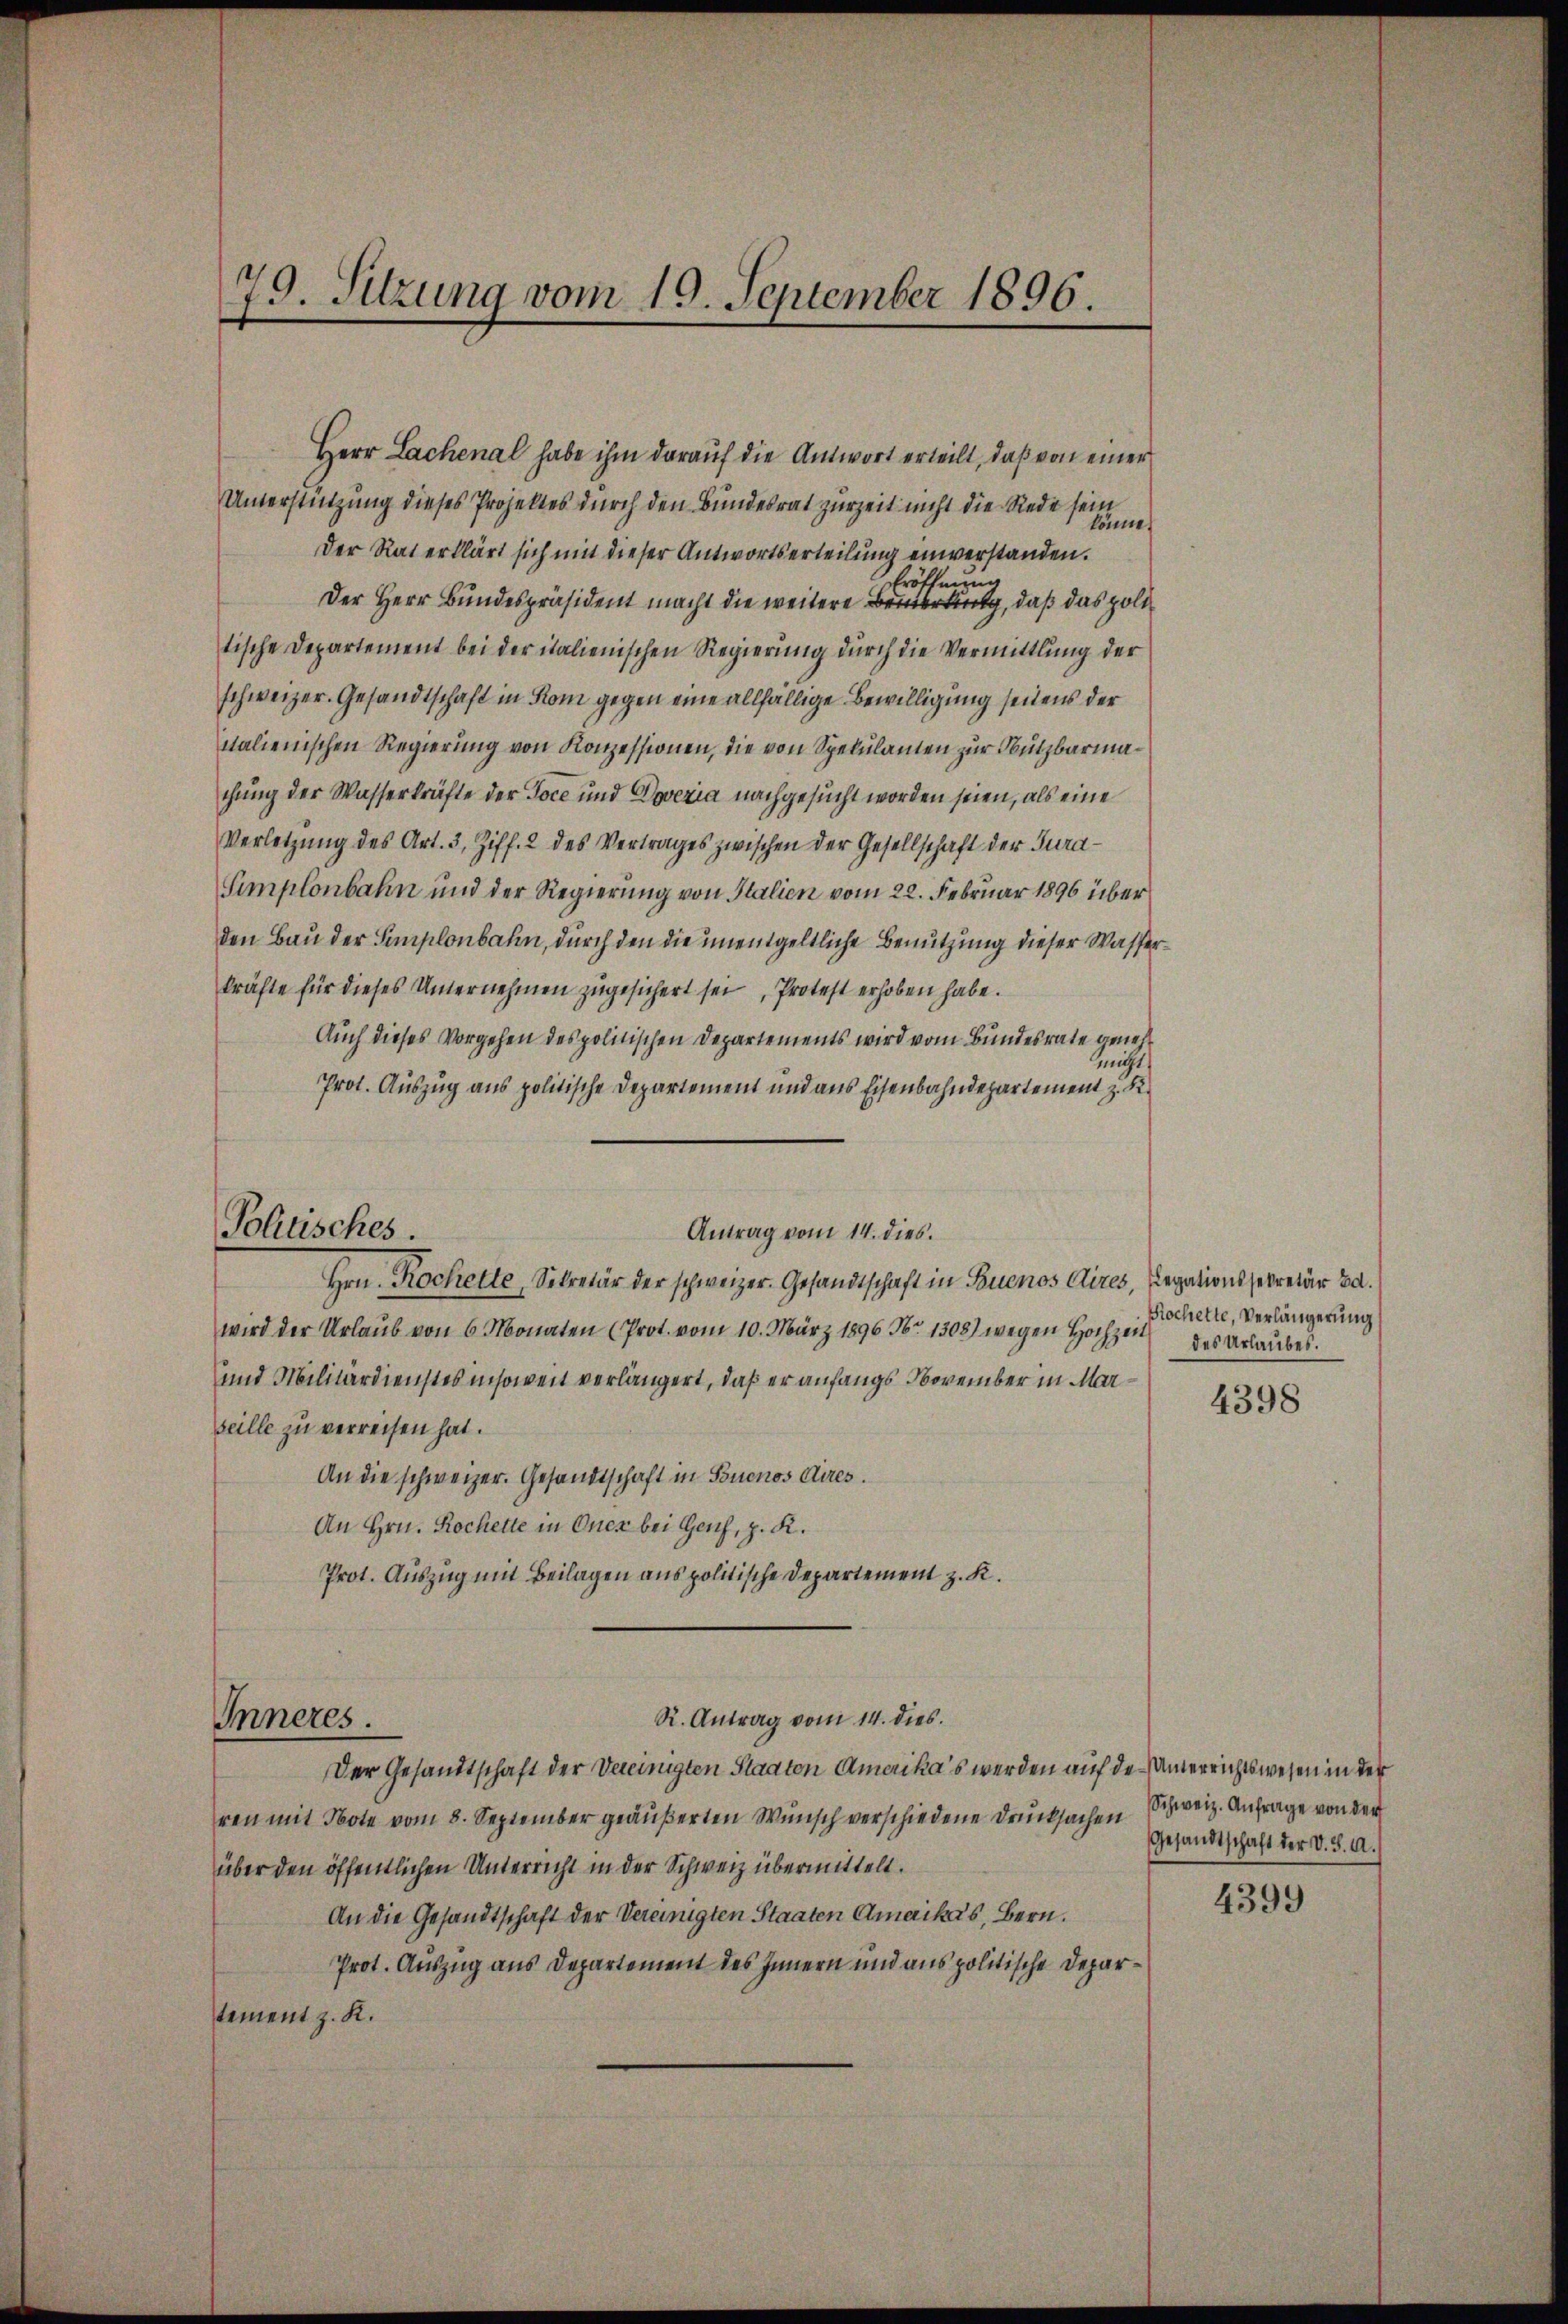
79. Sitzung vom 10. September 1896.

Politisches.

Unterstützung dieses Projektes durch den Bundesrat zurZeit nicht die Rede sein
könne.
Der Rat erklärt sich mit dieser Antwortserteilung einverstanden.
Eröffnung
Der Herr Bundespräsident macht die weitere Bemerkung, daß das politische Departement bei der italienischen Regierung durch die Vermittlung der
schweizer. Gesandtschaft in Rom gegen eine allfällige Bewilligung seitens der
nalienischen Regierung von Konzessionen, die von Spekulamen zur Nutzbarmachung der Wasserkräfte der Toce und Doveria nachgesucht worden seien, als eine
Verletzŭng des Art. 3, Ziff. 2 des Vertrages zwischen der Gesellschaft der Jura¬
Simplonbahn und der Regierung von Italien vom 22. Februar 1896 über
den Bau der Semplonbahn, durch den die unentgeltliche Benutzung dieser Wasserkräfte für dieses Unternehmen zugesichert sei, Protest erhoben habe.
Auch dieses Vorgehen des politischen Departements wird vom Bundesrate genehnicht
Prot. Auszug aus politische Departement und aus Eisenbahndepartement z. K.
wird der Urlaŭb von 6 Monaten (Prot. vom 10. März 1896 Nr. 1308) wegen Hochzeit
und Militärdienstes insoweit verlängert, daß er anfangs November in Mareille zu verreisen hat.
An die schweizer. Gesandtschaft in Buenos Aires.
An Hrn. Rochette in Onez bei Genf, z. R.
Prot. Auszug mit Beilagen aus politische Departement z. K.
R. Antrag vom 14. dies
Inneres.
Der Gesandtschaft der Vereinigten Staaten Amerika’s werden auf den Unterrichtswesen in der
ren mit Note vom 8. September geäußerten Wunsch verschiedene Drucksachen
über den öffentlichen Unterricht in der Schweiz übermittelt.
An die Gesandtschaft der Vereinigten Staaten Amaikas, Bern.
Prot. Auszug aus Departement des Innern und aus politische Departement z. K.

Herr Lachenal habe ihm darauf die Antwort erteilt, daß von einer

Antrag vom 14. dies.
Hrn. Kochette, Sekretär der schweizer. Gesandtschaft in Buenos Aires, Legationssekretär Ed.

Rochette, Verlängerung
des Urlaubes.

4398

Schweiz. Anfrage von der
Gesandtschaft der V. S. A.)

4399